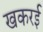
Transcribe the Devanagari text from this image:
खकरई